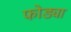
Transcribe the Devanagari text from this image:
फोड्या